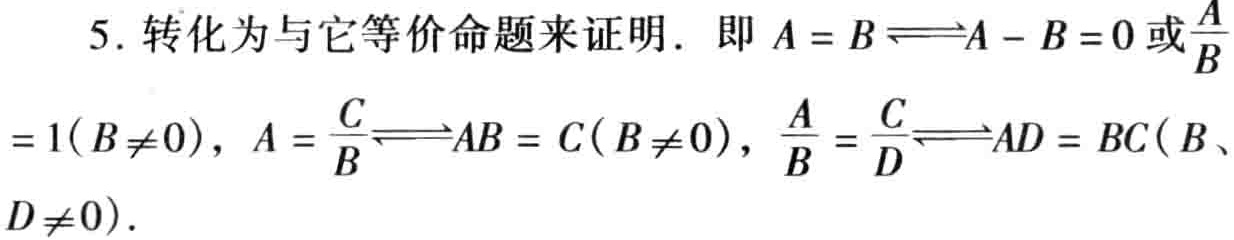
5. 转化为与它等价命题来证明. 即 \(A = B\Longleftrightarrow A - B = 0\)或\(\frac{A}{B}=1(B\neq0)\)，\(A = \frac{C}{B}\Longleftrightarrow AB = C(B\neq0)\)，\(\frac{A}{B}=\frac{C}{D}\Longleftrightarrow AD = BC(B、D\neq0)\).